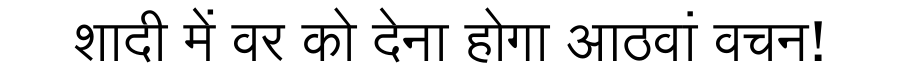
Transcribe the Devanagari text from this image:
शादी में वर को देना होगा आठवां वचन!